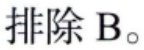
排除 B。